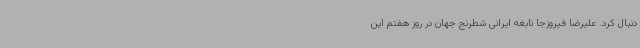
دنبال کرد. علیرضا فیروزجا نابغه ایرانی شطرنج جهان در روز هفتم این